65_HS1-834228961_62-HQ-83894_Section_10
Agency: FBI
Page 170
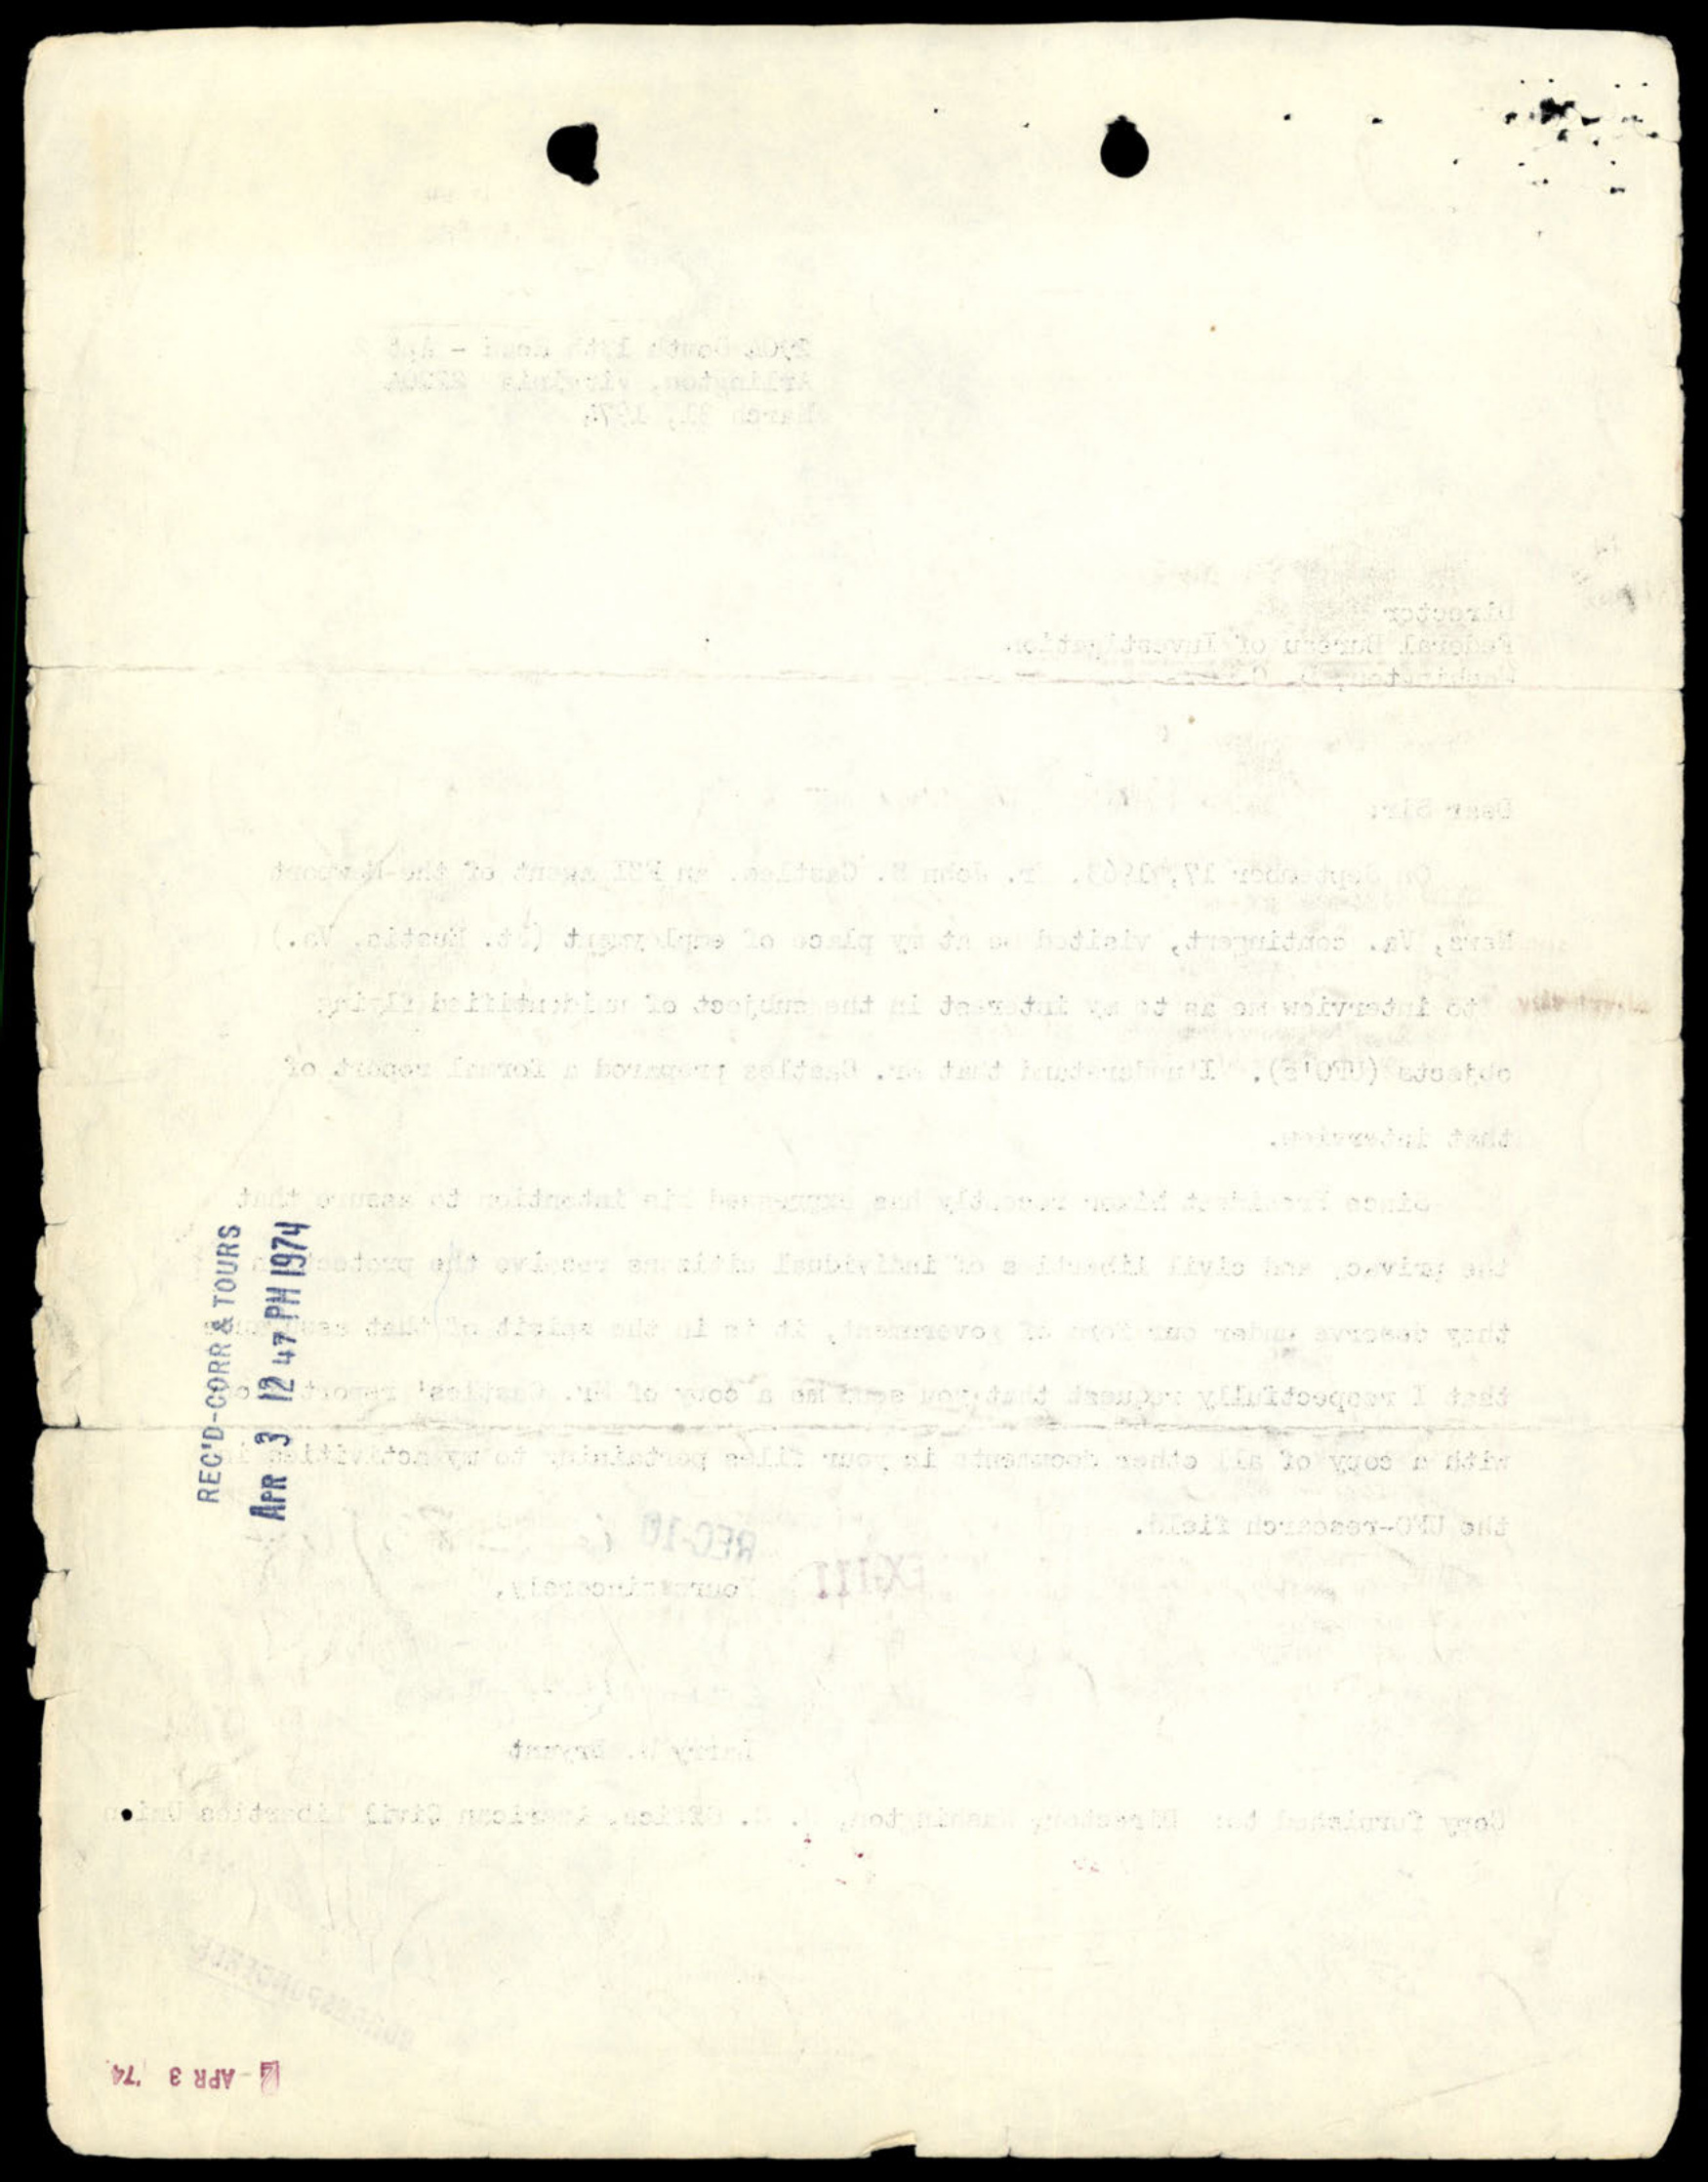